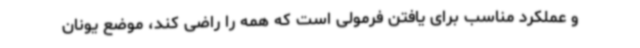
و عملکرد مناسب برای یافتن فرمولی است که همه را راضی کند، موضع یونان